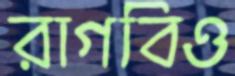
রাগবিও